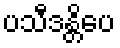
ပသီဒန္တိပေ